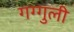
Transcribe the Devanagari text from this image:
गग्गुली